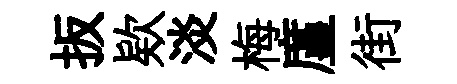
扳欵淡梅廑街